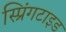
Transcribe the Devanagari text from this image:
स्प्रिंगटाइड